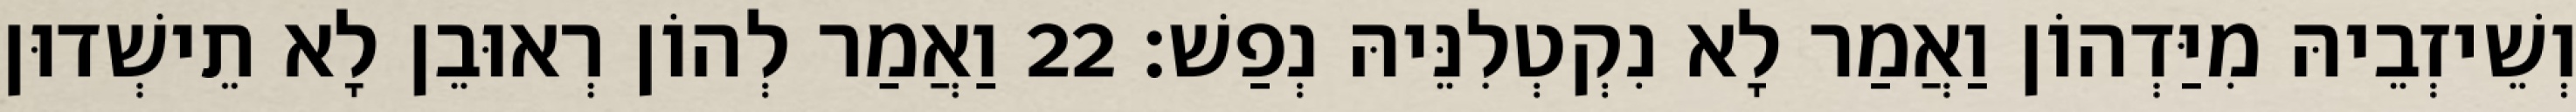
וְשֵׁיזְבֵיהּ מִיַּדְהוֹן וַאֲמַר לָא נִקְטְלִנֵּיהּ נְפַשׁ׃ 22 וַאֲמַר לְהוֹן רְאוּבֵן לָא תֵישְׁדוּן